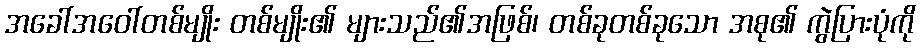
အခေါ်အဝေါ်တစ်မျိုး တစ်မျိုး၏ များသည်၏အဖြစ်၊ တစ်ခုတစ်ခုသော အစု၏ ကွဲပြားပုံကို